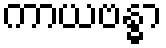
ကာယဗန္ဓာ